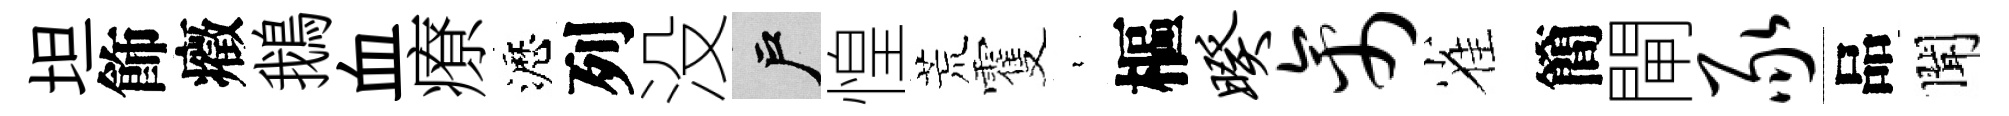
坦飾癥鵝血療瀝列没户惶荒䨥裊樞暌禽雀簡閘豕品聞